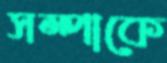
সম্পাকে